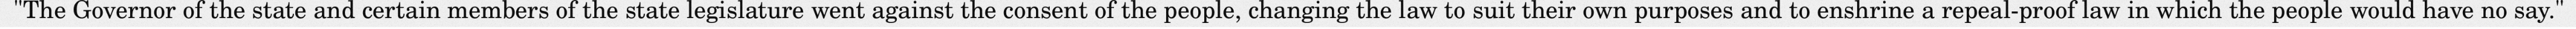
"The Governor of the state and certain members of the state legislature went against the consent of the people, changing the law to suit their own purposes and to enshrine a repeal-proof law in which the people would have no say."